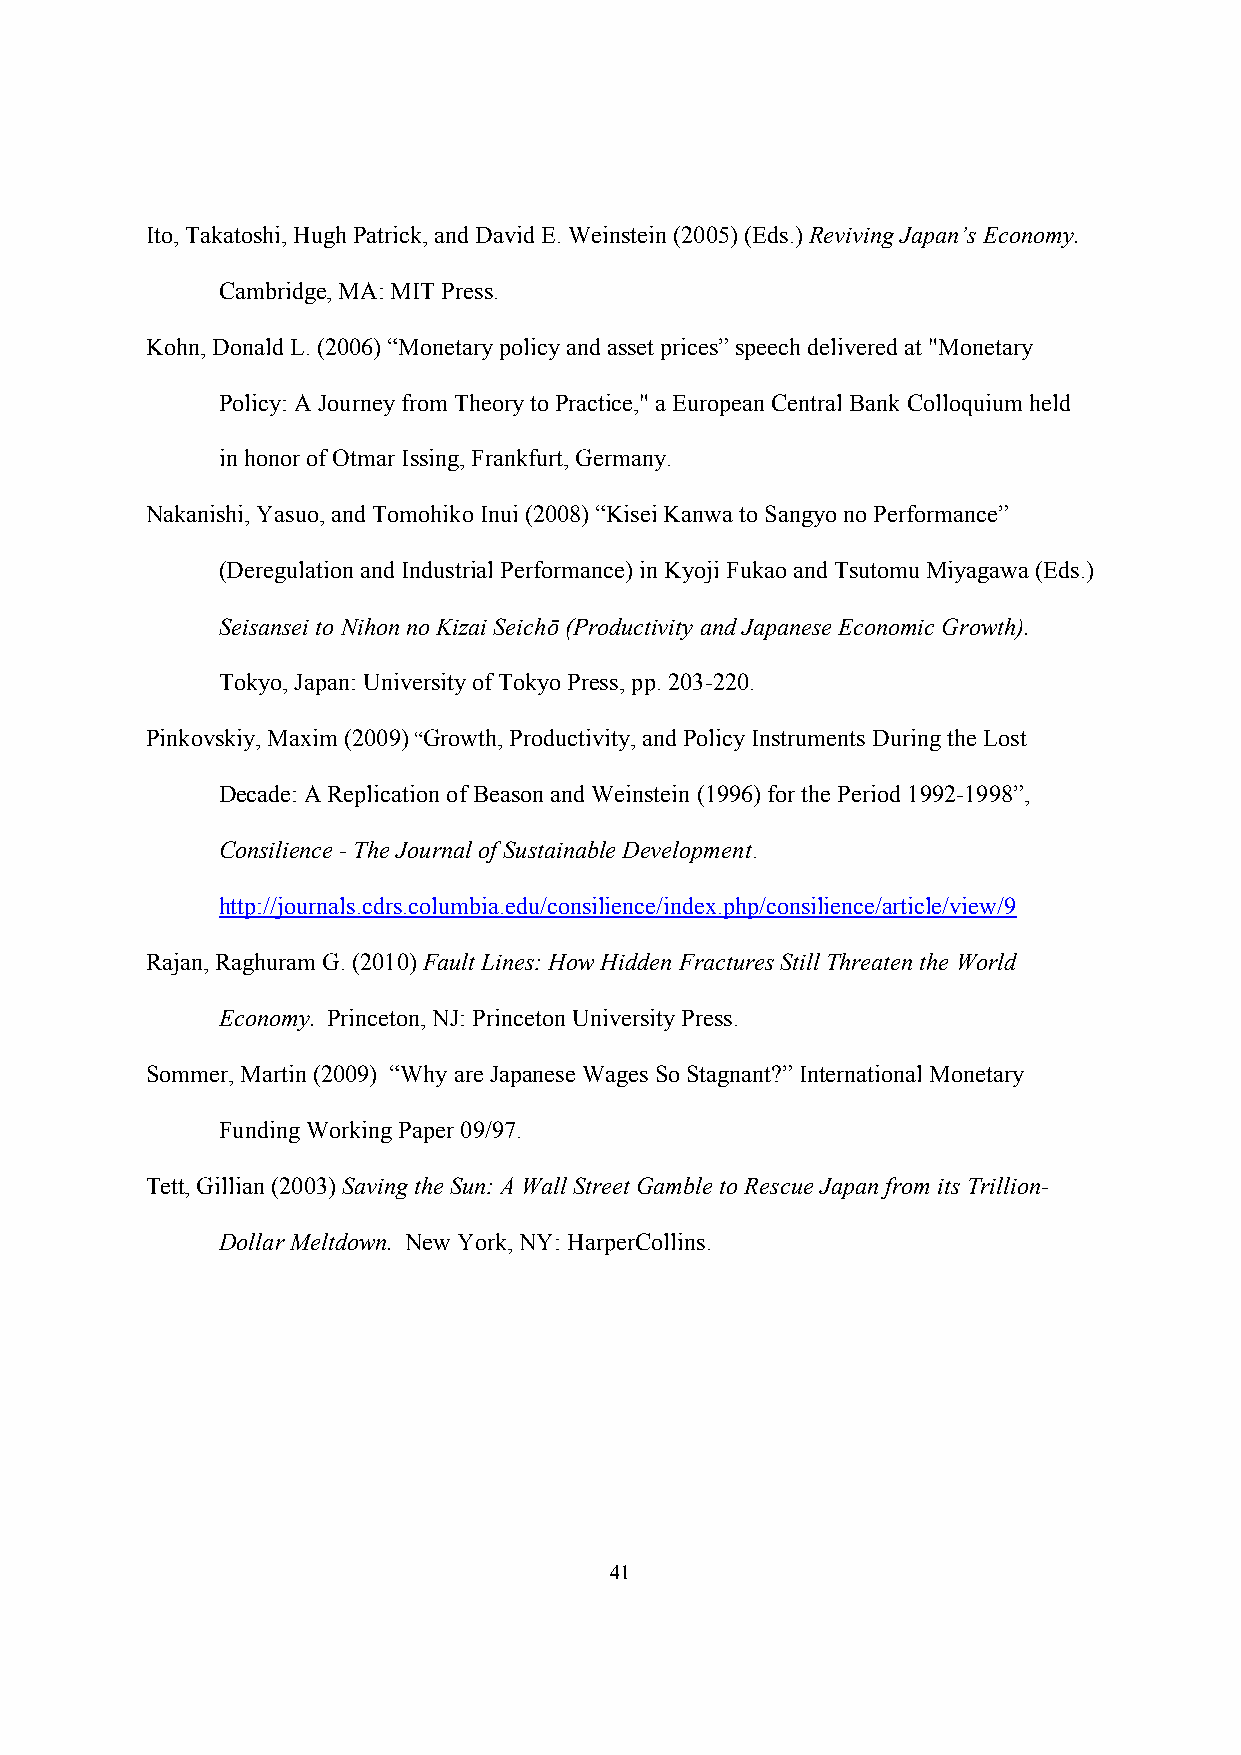
Ito, Takatoshi, Hugh Patrick, and David E. Weinstein (2005) (Eds.) Reviving Japan’s Economy.
 Cambridge, MA: MIT Press.
 Kohn, Donald L. (2006) “Monetary policy and asset prices” speech delivered at "Monetary
 Policy: A Journey from Theory to Practice," a European Central Bank Colloquium held
 in honor of Otmar Issing, Frankfurt, Germany.
 Nakanishi, Yasuo, and Tomohiko Inui (2008) “Kisei Kanwa to Sangyo no Performance”
 (Deregulation and Industrial Performance) in Kyoji Fukao and Tsutomu Miyagawa (Eds.)
 Seisansei to Nihon no Kizai Seichō (Productivity and Japanese Economic Growth).
 Tokyo, Japan: University of Tokyo Press, pp. 203-220.
 Pinkovskiy, Maxim (2009) “Growth, Productivity, and Policy Instruments During the Lost
 Decade: A Replication of Beason and Weinstein (1996) for the Period 1992-1998”,
 Consilience - The Journal of Sustainable Development.
 http://journals.cdrs.columbia.edu/consilience/index.php/consilience/article/view/9
 Rajan, Raghuram G. (2010) Fault Lines: How Hidden Fractures Still Threaten the World
 Economy. Princeton, NJ: Princeton University Press.
 Sommer, Martin (2009) “Why are Japanese Wages So Stagnant?” International Monetary
 Funding Working Paper 09/97.
 Tett, Gillian (2003) Saving the Sun: A Wall Street Gamble to Rescue Japan from its Trillion-
 Dollar Meltdown. New York, NY: HarperCollins.
 41